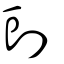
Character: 剅